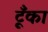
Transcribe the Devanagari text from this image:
टूँका